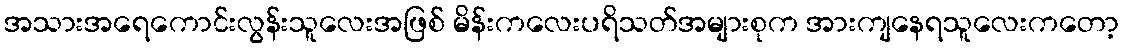
အသားအရေကောင်းလွန်းသူလေးအဖြစ် မိန်းကလေးပရိသတ်အများစုက အားကျနေရသူလေးကတော့